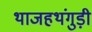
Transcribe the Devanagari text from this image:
थाजहथंगुड़ी